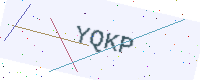
Text: YQKP